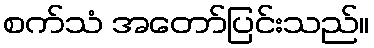
စက်သံ အတော်ပြင်းသည်။